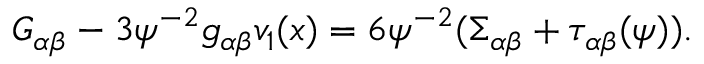
G _ { \alpha \beta } - 3 \psi ^ { - 2 } g _ { \alpha \beta } v _ { 1 } ( x ) = 6 \psi ^ { - 2 } ( \Sigma _ { \alpha \beta } + \tau _ { \alpha \beta } ( \psi ) ) .